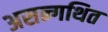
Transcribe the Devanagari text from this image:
असन्गथित